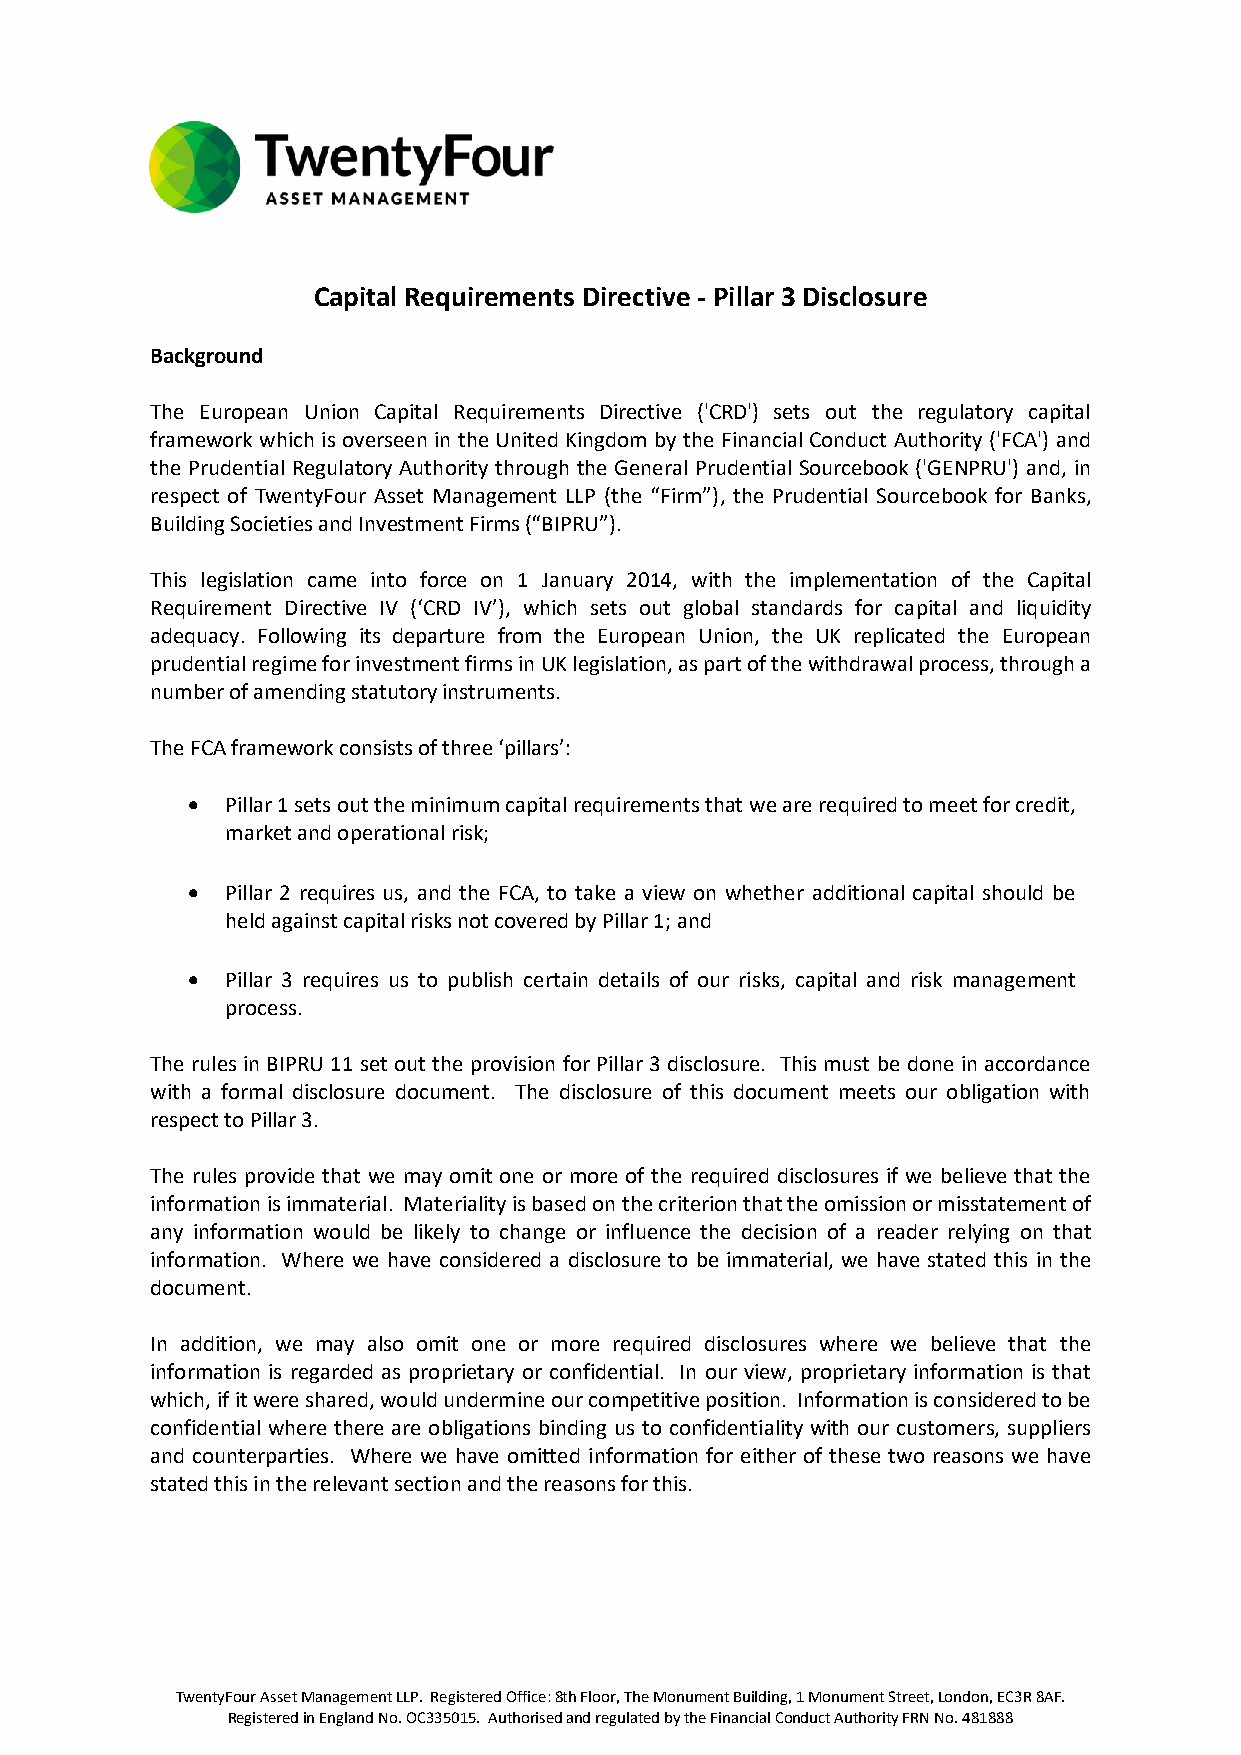
Capital Requirements Directive - Pillar 3 Disclosure
 Background
 The European Union Capital Requirements Directive ('CRD') sets out the regulatory capital
 framework which is overseen in the United Kingdom by the Financial Conduct Authority ('FCA') and
 the Prudential Regulatory Authority through the General Prudential Sourcebook ('GENPRU') and, in
 respect of TwentyFour Asset Management LLP (the “Firm”), the Prudential Sourcebook for Banks,
 Building Societies and Investment Firms (“BIPRU”).
 This legislation came into force on 1 January 2014, with the implementation of the Capital
 Requirement Directive IV (‘CRD IV’), which sets out global standards for capital and liquidity
 adequacy. Following its departure from the European Union, the UK replicated the European
 prudential regime for investment firms in UK legislation, as part of the withdrawal process, through a
 number of amending statutory instruments.
 The FCA framework consists of three ‘pillars’:
 •  Pillar 1 sets out the minimum capital requirements that we are required to meet for credit,
 market and operational risk;
 •  Pillar 2 requires us, and the FCA, to take a view on whether additional capital should be
 held against capital risks not covered by Pillar 1; and
 •  Pillar 3 requires us to publish certain details of our risks, capital and risk management
 process.
 The rules in BIPRU 11 set out the provision for Pillar 3 disclosure. This must be done in accordance
 with a formal disclosure document. The disclosure of this document meets our obligation with
 respect to Pillar 3.
 The rules provide that we may omit one or more of the required disclosures if we believe that the
 information is immaterial. Materiality is based on the criterion that the omission or misstatement of
 any information would be likely to change or influence the decision of a reader relying on that
 information. Where we have considered a disclosure to be immaterial, we have stated this in the
 document.
 In addition, we may also omit one or more required disclosures where we believe that the
 information is regarded as proprietary or confidential. In our view, proprietary information is that
 which, if it were shared, would undermine our competitive position. Information is considered to be
 confidential where there are obligations binding us to confidentiality with our customers, suppliers
 and counterparties. Where we have omitted information for either of these two reasons we have
 stated this in the relevant section and the reasons for this.
 TwentyFour Asset Management LLP. Registered Office: 8th Floor, The Monument Building, 1 Monument Street, London, EC3R 8AF.
 Registered in England No. OC335015. Authorised and regulated by the Financial Conduct Authority FRN No. 481888